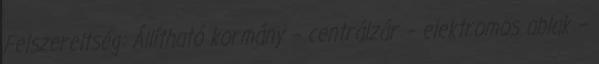
Felszereltség: Állítható kormány – centrálzár – elektromos ablak –